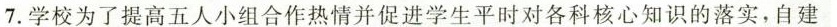
7.学校为了提高五人小组合作热情并促进学生平时对各科核心知识的落实，自建